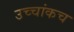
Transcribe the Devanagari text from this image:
उच्चांकच